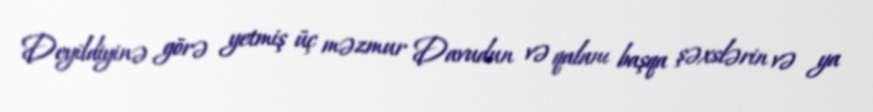
Deyildiyinə görə yetmiş üç məzmur Davudun və qalanı başqa şəxslərin və ya